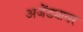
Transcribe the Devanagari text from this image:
अजेंड्यावर